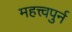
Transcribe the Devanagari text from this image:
महत्त्वपुर्न